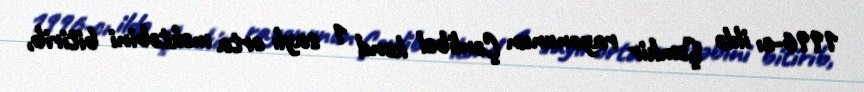
1996-cı ildə Şəmkir rayonunun Çənlibel kənd 1 saylı orta məktəbini bitirib,